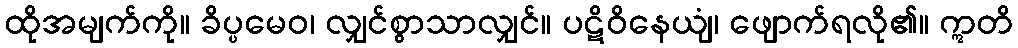
ထိုအမျက်ကို။ ခိပ္ပမေဝ၊ လျှင်စွာသာလျှင်။ ပဋိဝိနေယျံ၊ ဖျောက်ရလို၏။ ဣတိ